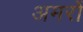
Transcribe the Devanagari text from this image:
अमरों